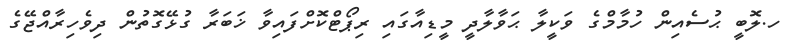
ހ.ލޮބީ ޙުސެއިން ހުމާމްގެ ވަކީލާ ޙަވާލާދީ މީޑިއާގައި ރިޕޯޓްކޮށްފައިވާ ޚަބަރާ ގުޅޭގޮތުން ދިވެހިރާއްޖޭގެ